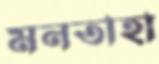
মনতাহা